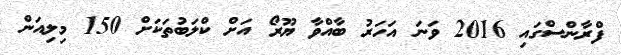
ފްރާންސްގައި 2016 ވަނަ އަހަރު ބާއްވާ ޔޫރޯ އަށް ކްލަބުތަކަށް 150 މިލިއަން